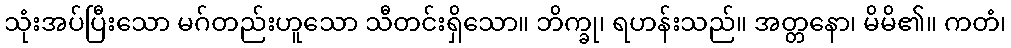
သုံးအပ်ပြီးသော မဂ်တည်းဟူသော သီတင်းရှိသော။ ဘိက္ခု၊ ရဟန်းသည်။ အတ္တနော၊ မိမိ၏။ ကတံ၊